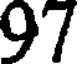
97